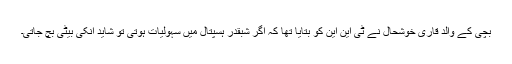
بچی کے والد قاری خوشحال نے ٹی این این کو بتایا تھا کہ اگر شبقدر ہسپتال میں سہولیات ہوتی تو شاید انکی بیٹی بچ جاتی۔